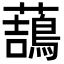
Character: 䕵